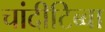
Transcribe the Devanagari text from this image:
चांदीटिब्बा